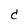
Character: C